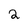
Character: 2